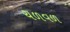
ચળવળ